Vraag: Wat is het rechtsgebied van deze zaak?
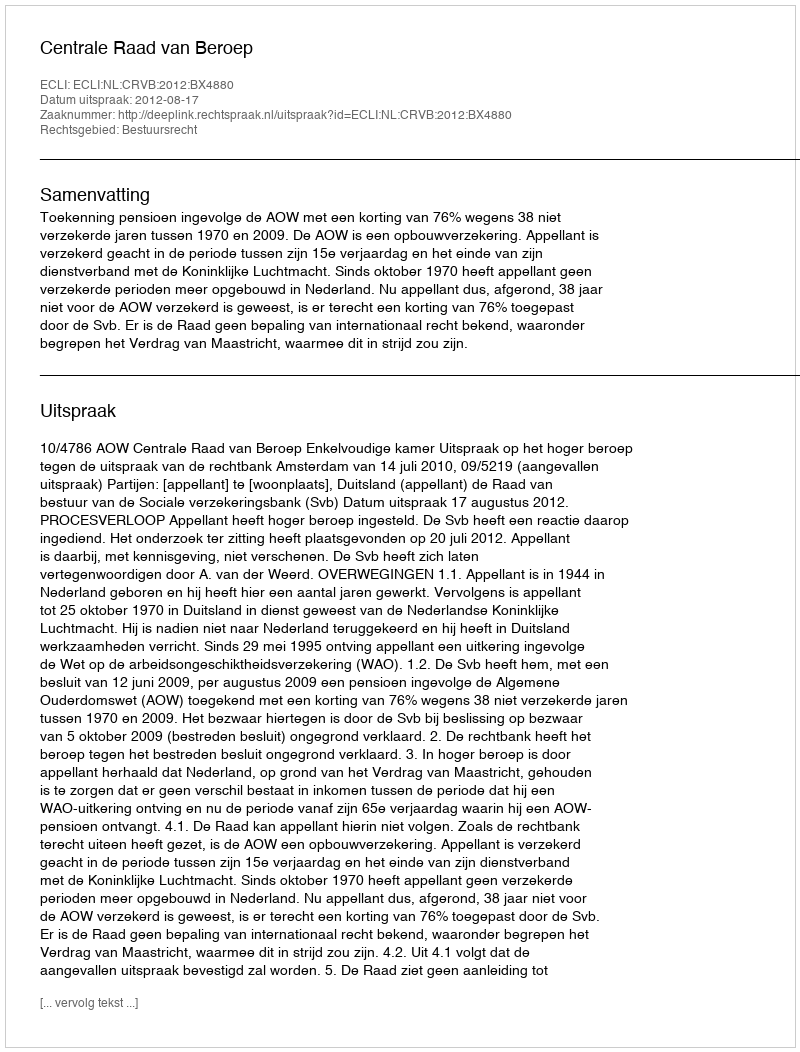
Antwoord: Bestuursrecht